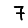
Digit: 7